Vaccination in Bombay 1874-1876 - 1874-1876
Year: 1874
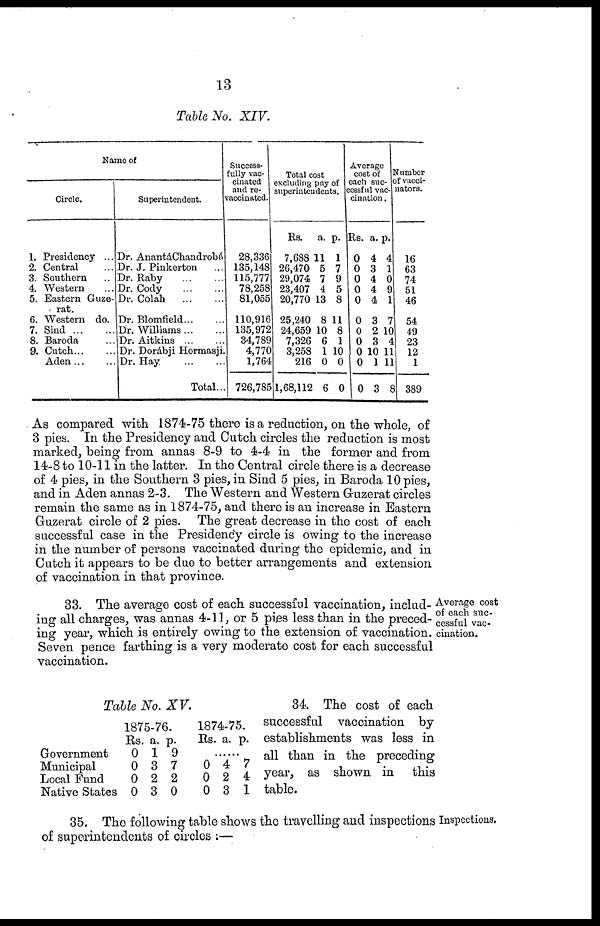
13
Table No. XIV.
Name of
Circle.
1. Presidency ...
2. Central ...
3. Southern ...
4. Western ...
5. Eastern Guze¬
rat.
6. Western do.
7. Sind
...
...
8. Baroda ...
9.
Cutch... ...
Aden...
...
Superintendent.
Dr. Anantá Chandrobá
Dr. J. Pinkerton ...
Dr. Raby
...
...
Dr. Cody
...
...
Dr. Colah
...
...
Dr. Blomfield... ...
Dr. Willìams ... ...
Dr. Aitkins
...
...
Dr. Dorábji Hormasji.
Dr. Hay
...
...
Total...
Success-
fully vac-
cinated
and re¬
vaccinated.
28,336
135,148
115,777
78,258
81,055
110,916
135,972
34,789
4,770
1,764
726,785
Total cost
excluding pay of
superintendents.
Rs.
7,688
26,470
29,074
23,407
20,770
25,240
24,659
7,326
3,258
216
1,68,112
a.
11
5
7
4
13
8
10
6
1
0
6
p.
1
7
9
5
8
11
8
1
10
0
0
Average
cost of
each suc¬
cessful vac-
cination.
Rs.
0
0
0
0
0
0
0
0
0
0
0
a.
4
3
4
4
4
3
2
3
10
1
3
p.
4
1
0
9
1
7
10
4
11
11
8
Number
of vacci-
nators.
16
63
74
51
46
54
49
23
12
1
389
As compared with 1874-75 there is a reduction, on the whole, of
3 pies. In the Presidency and Cutch circles the reduction is most
marked, being from annas 8-9 to 4-4 in the former and from
14-8 to 10-11 in the latter. In the Central circle there is a decrease
of 4 pies, in the Southern 3 pies, in Sind 5 pies, in Baroda 10 pies,
and in Aden annas 2-3. The Western and Western Guzerat circles
remain the same as in 1874-75, and there is an increase in Eastern
Guzerat circle of 2 pies. The great decrease in the cost of each
successful case in the Presidency circle is owing to the increase
in the number of persons vaccinated during the epidemic, and in
Cutch it appears to be due to better arrangements and extension
of vaccination in that province.
Average cost
of each suc-
cessful vac¬
cination.
33. The average cost of each successful vaccination, includ-
ing all charges, was annas 4-11, or 5 pies less than in the preced-
ing year, which is entirely owing to the extension of vaccination.
Seven pence farthing is a very moderate cost for each successful
vaccination.
Table No. XV.
Government
Municipal
Local Fund
Native States
1875-76.
Rs.
0
0
0
0
a.
1
3
2
3
p.
9
7
2
0
1874-75.
Rs. a. p.
......
0
0
0
4
2
3
7
4
1
34. The cost of each
successful vaccination by
establishments was less in
all than in the preceding
year, as shown in
this
table.
Inspections.
35. The following table shows the travelling and inspections
of superintendents of circles :—